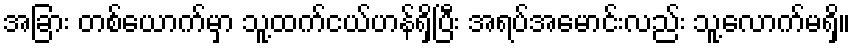
အခြား တစ်ယောက်မှာ သူ့ထက်ငယ်ဟန်ရှိပြီး အရပ်အမောင်းလည်း သူ့လောက်မရှိ။